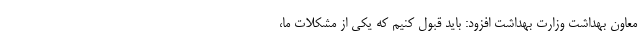
معاون بهداشت وزارت بهداشت افزود: باید قبول کنیم که یکی از مشکلات ما،